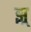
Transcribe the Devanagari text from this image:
झ्र्